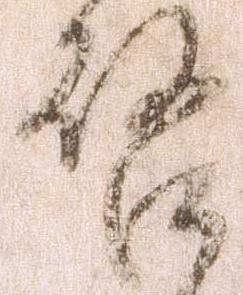
啓